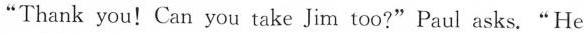
"Thank you! Can you take Jim too?"Paul asks."He